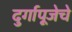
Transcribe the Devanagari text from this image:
दुर्गापूजेचे